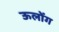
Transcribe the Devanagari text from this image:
ऊलोंग